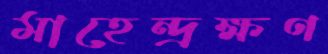
মাহেন্দ্রক্ষণ